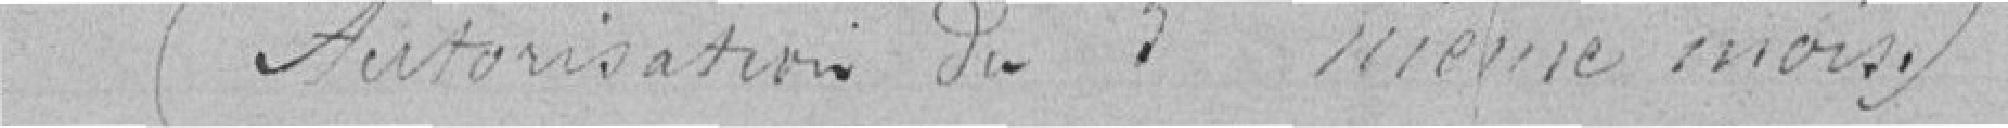
(Autorisation du 5 même mois.)